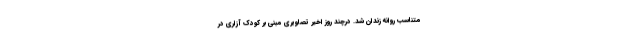
متناسب روانه زندان شد. درچند روز اخیر تصاویری مبنی بر کودک آزاری در